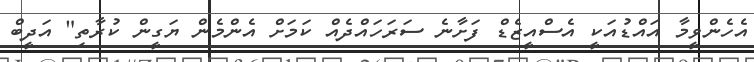
އެހެންވީމާ އައްޑުއަކީ އެސްއީޒެޑް ފަށާނެ ސަރަހައްދެއް ކަމަށް އެންމެން ޔަގީން ކުރާތި" އަދީބް